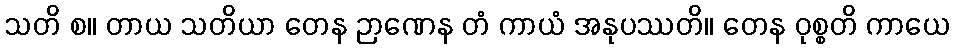
သတိ စ။ တာယ သတိယာ တေန ဉာဏေန တံ ကာယံ အနုပဿတိ။ တေန ဝုစ္စတိ ကာယေ